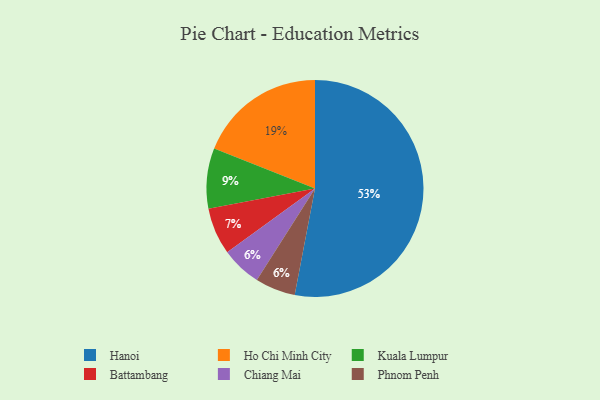
{"axis": {"x": "Category", "y": "Percentage"}, "legend": ["Battambang", "Chiang Mai", "Hanoi", "Ho Chi Minh City", "Kuala Lumpur", "Phnom Penh"], "data": [{"x": "Chiang Mai", "y": 6, "type": "Chiang Mai"}, {"x": "Kuala Lumpur", "y": 9, "type": "Kuala Lumpur"}, {"x": "Hanoi", "y": 53, "type": "Hanoi"}, {"x": "Ho Chi Minh City", "y": 19, "type": "Ho Chi Minh City"}, {"x": "Battambang", "y": 7, "type": "Battambang"}, {"x": "Phnom Penh", "y": 6, "type": "Phnom Penh"}]}